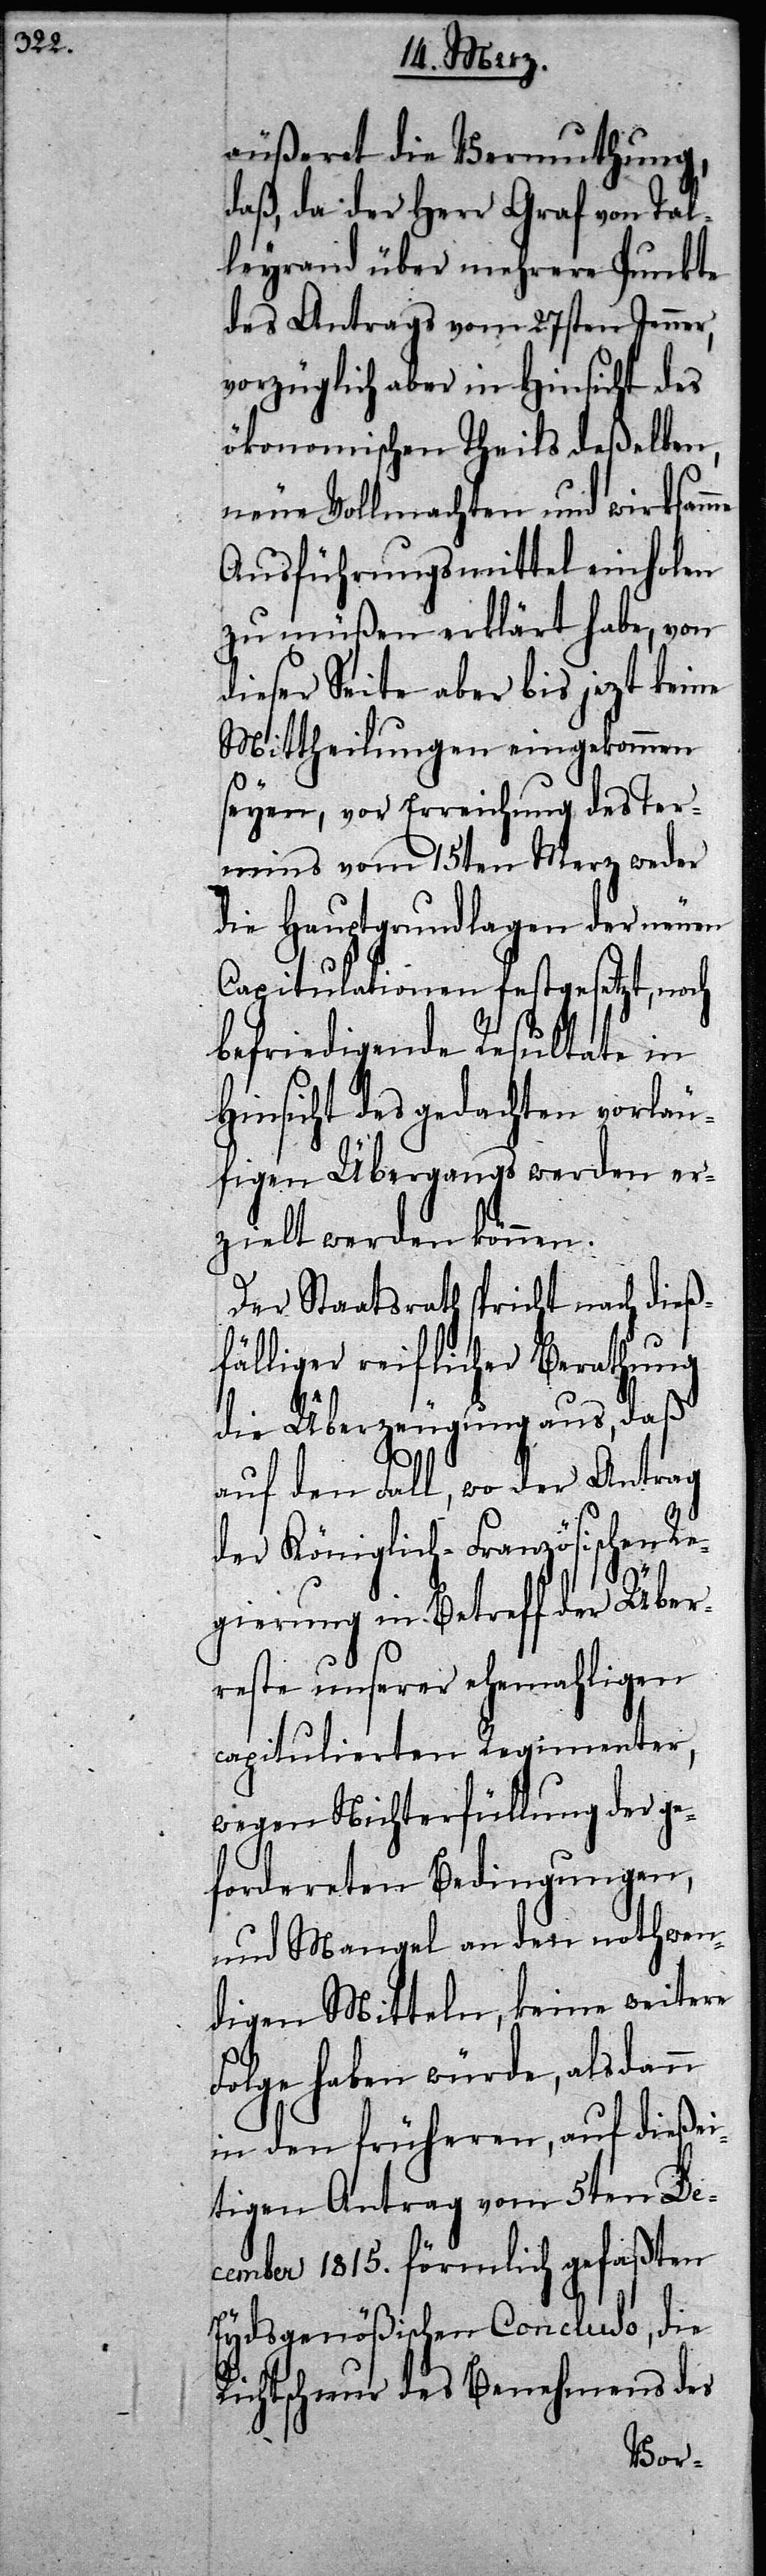
äußeret die Vermuthung,
daß, da der Herr Graf von Tal¬
leyrand über mehrere Punkte
des Antrags vom 27sten Jenner,
vorzüglich aber in Hinsicht des
ökonomischen Theils deßelben,
neue Vollmachten und wirksamme
Ausführungsmittel einholen
zu müßen erklärt habe, von
dieser Seite aber bis jetzt keine
Mittheilungen eingekommen
seyen, vor Erreichung des Ter¬
mins vom 15ten Merz weder
die Hauptgrundlagen der neuen
Capitulationen festgesetzt, noch
befriedigende Resultate in
Hinsicht des gedachten vorläu¬
figen Übergangs werden er¬
Der Staatsrath spricht nach dieß¬
fälliger reiflicher Berathung
daß
die Überzeugung aus,
auf den Fall, wo der Antrag
der Königlich-Französischen Re¬
gierung in Betreff der Über¬
reste unserer ehemahligen
capitulierten Regimenter,
wegen Nichterfüllung der ge¬
fordereten Bedingungen,
und Mangel an den nothwen¬
digen Mitteln, keine weitere
Folge haben würde, als dann
in den früheren, auf dießei¬
tigen Antrag vom 5ten De¬
cember 1815. förmlich gefaßten
Eydsgenößischen Concluso, die
Richtschnur des Benehmens des